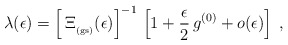
\begin{align*}\lambda(\epsilon)=\left[\,\Xi_{_{\rm (gs)}} (\epsilon)\right]^{-1}\,\left[ 1 +\frac{\epsilon}{2}\, g^{(0)}+ o(\epsilon) \right]\; ,\end{align*}